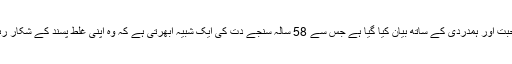
اسے محبت اور ہمدردی کے ساتھ بیان کیا گیا ہے جس سے 58 سالہ سنجے دت کی ایک شبیہ ابھرتی ہے کہ وہ اپنی غلط پسند کے شکار رہے ہیں۔